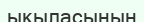
ықыласының